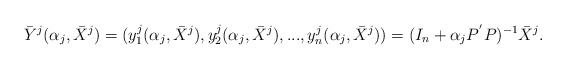
\begin{align*}\bar{Y}^j( \alpha_j, \bar{X}^j) = (y_1^j( \alpha_j, \bar{X}^j),y_2^j( \alpha_j, \bar{X}^j),...,y_n^j( \alpha_j, \bar{X}^j))= ( I_ {n} + \alpha_j P^{'} P )^{-1} \bar{X}^j.\end{align*}